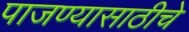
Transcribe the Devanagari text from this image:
पाजण्यासाठीचे